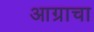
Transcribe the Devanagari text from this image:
आग्राचा